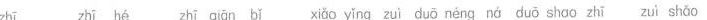
zhī zhī hé zhī qǐān bǐ xiǒo yǐng zuì duō néng ná duō shαo zhī zui shǎo